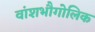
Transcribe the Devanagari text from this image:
वांशभौगोलिक